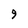
Character: 9